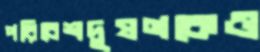
পরিবেশদূষণকেও